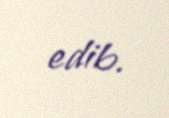
edib.